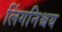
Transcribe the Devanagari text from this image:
लिंगनिश्चय